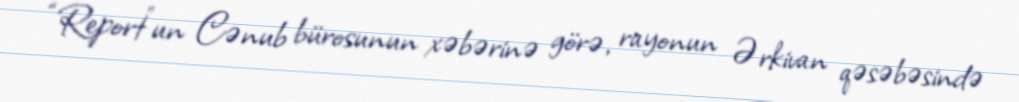
“Report”un Cənub bürosunun xəbərinə görə, rayonun Ərkivan qəsəbəsində